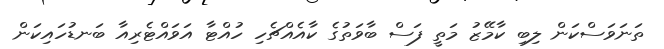
ތަނަވަސްކަން ލިބި ކާމޭޒު މަތީ ފަސް ބާވަތުގެ ކާއެއްޗެހި ހުއްޓާ އަވައްޓެރިއާ ބަނޑުހައިކަން